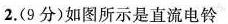
2.(9分)如图所示是直流电铃